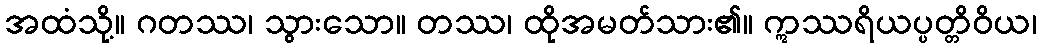
အထံသို့။ ဂတဿ၊ သွားသော။ တဿ၊ ထိုအမတ်သား၏။ ဣဿရိယပ္ပတ္တိဝိယ၊